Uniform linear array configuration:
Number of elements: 64
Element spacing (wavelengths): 1
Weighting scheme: kaiser
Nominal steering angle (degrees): -30
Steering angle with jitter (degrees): -28.431
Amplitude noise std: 0.05
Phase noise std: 0.05

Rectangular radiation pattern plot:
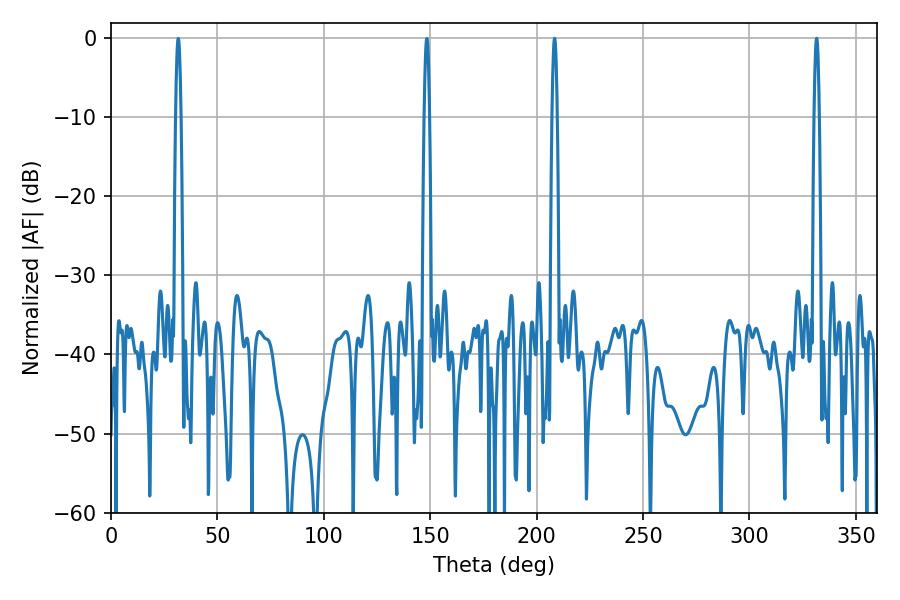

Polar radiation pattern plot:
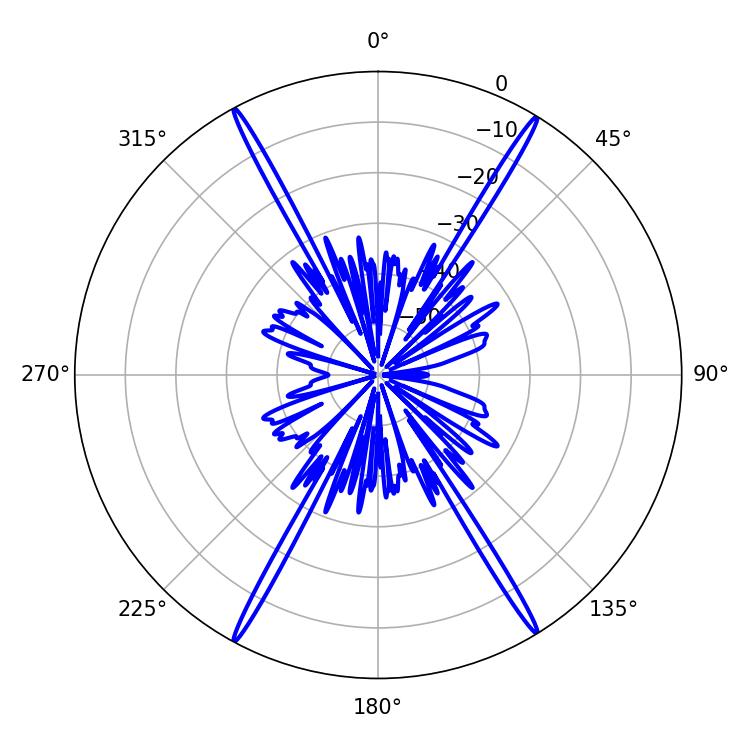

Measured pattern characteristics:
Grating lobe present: TRUE
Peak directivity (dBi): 27.629
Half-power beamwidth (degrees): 1.26
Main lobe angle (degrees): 331.56